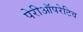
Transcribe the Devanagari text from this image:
पेरीऑपरेटिव